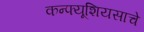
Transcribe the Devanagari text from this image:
कन्फ्यूशियसाचे